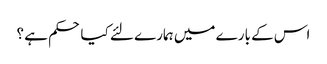
اس کے بارے میں ہمارے لئے کیا حکم ہے ؟